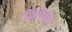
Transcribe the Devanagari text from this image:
सिमेनेस